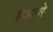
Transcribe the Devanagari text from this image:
शआयरे